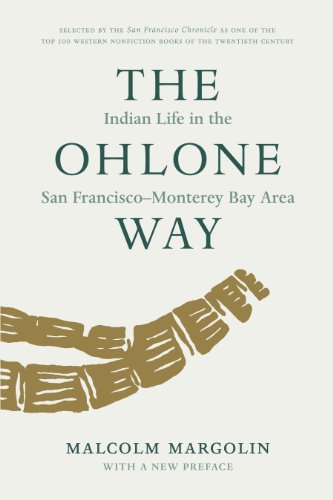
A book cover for The Ohlone Way: Indian Life in the San Francisco-Monterey Bay Area; Malcolm Margolin; Literature & Fiction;